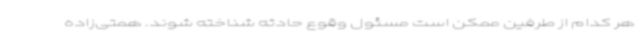
هر کدام از طرفین ممکن است مسئول وقوع حادثه شناخته شوند. همتی‌زاده